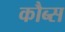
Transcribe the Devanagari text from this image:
कौब्स